DOW-UAP-D49, Launch Summary, Vandenberg AFB, 2000
Agency: Department of War
Incident date: 2/3/00
Page 52
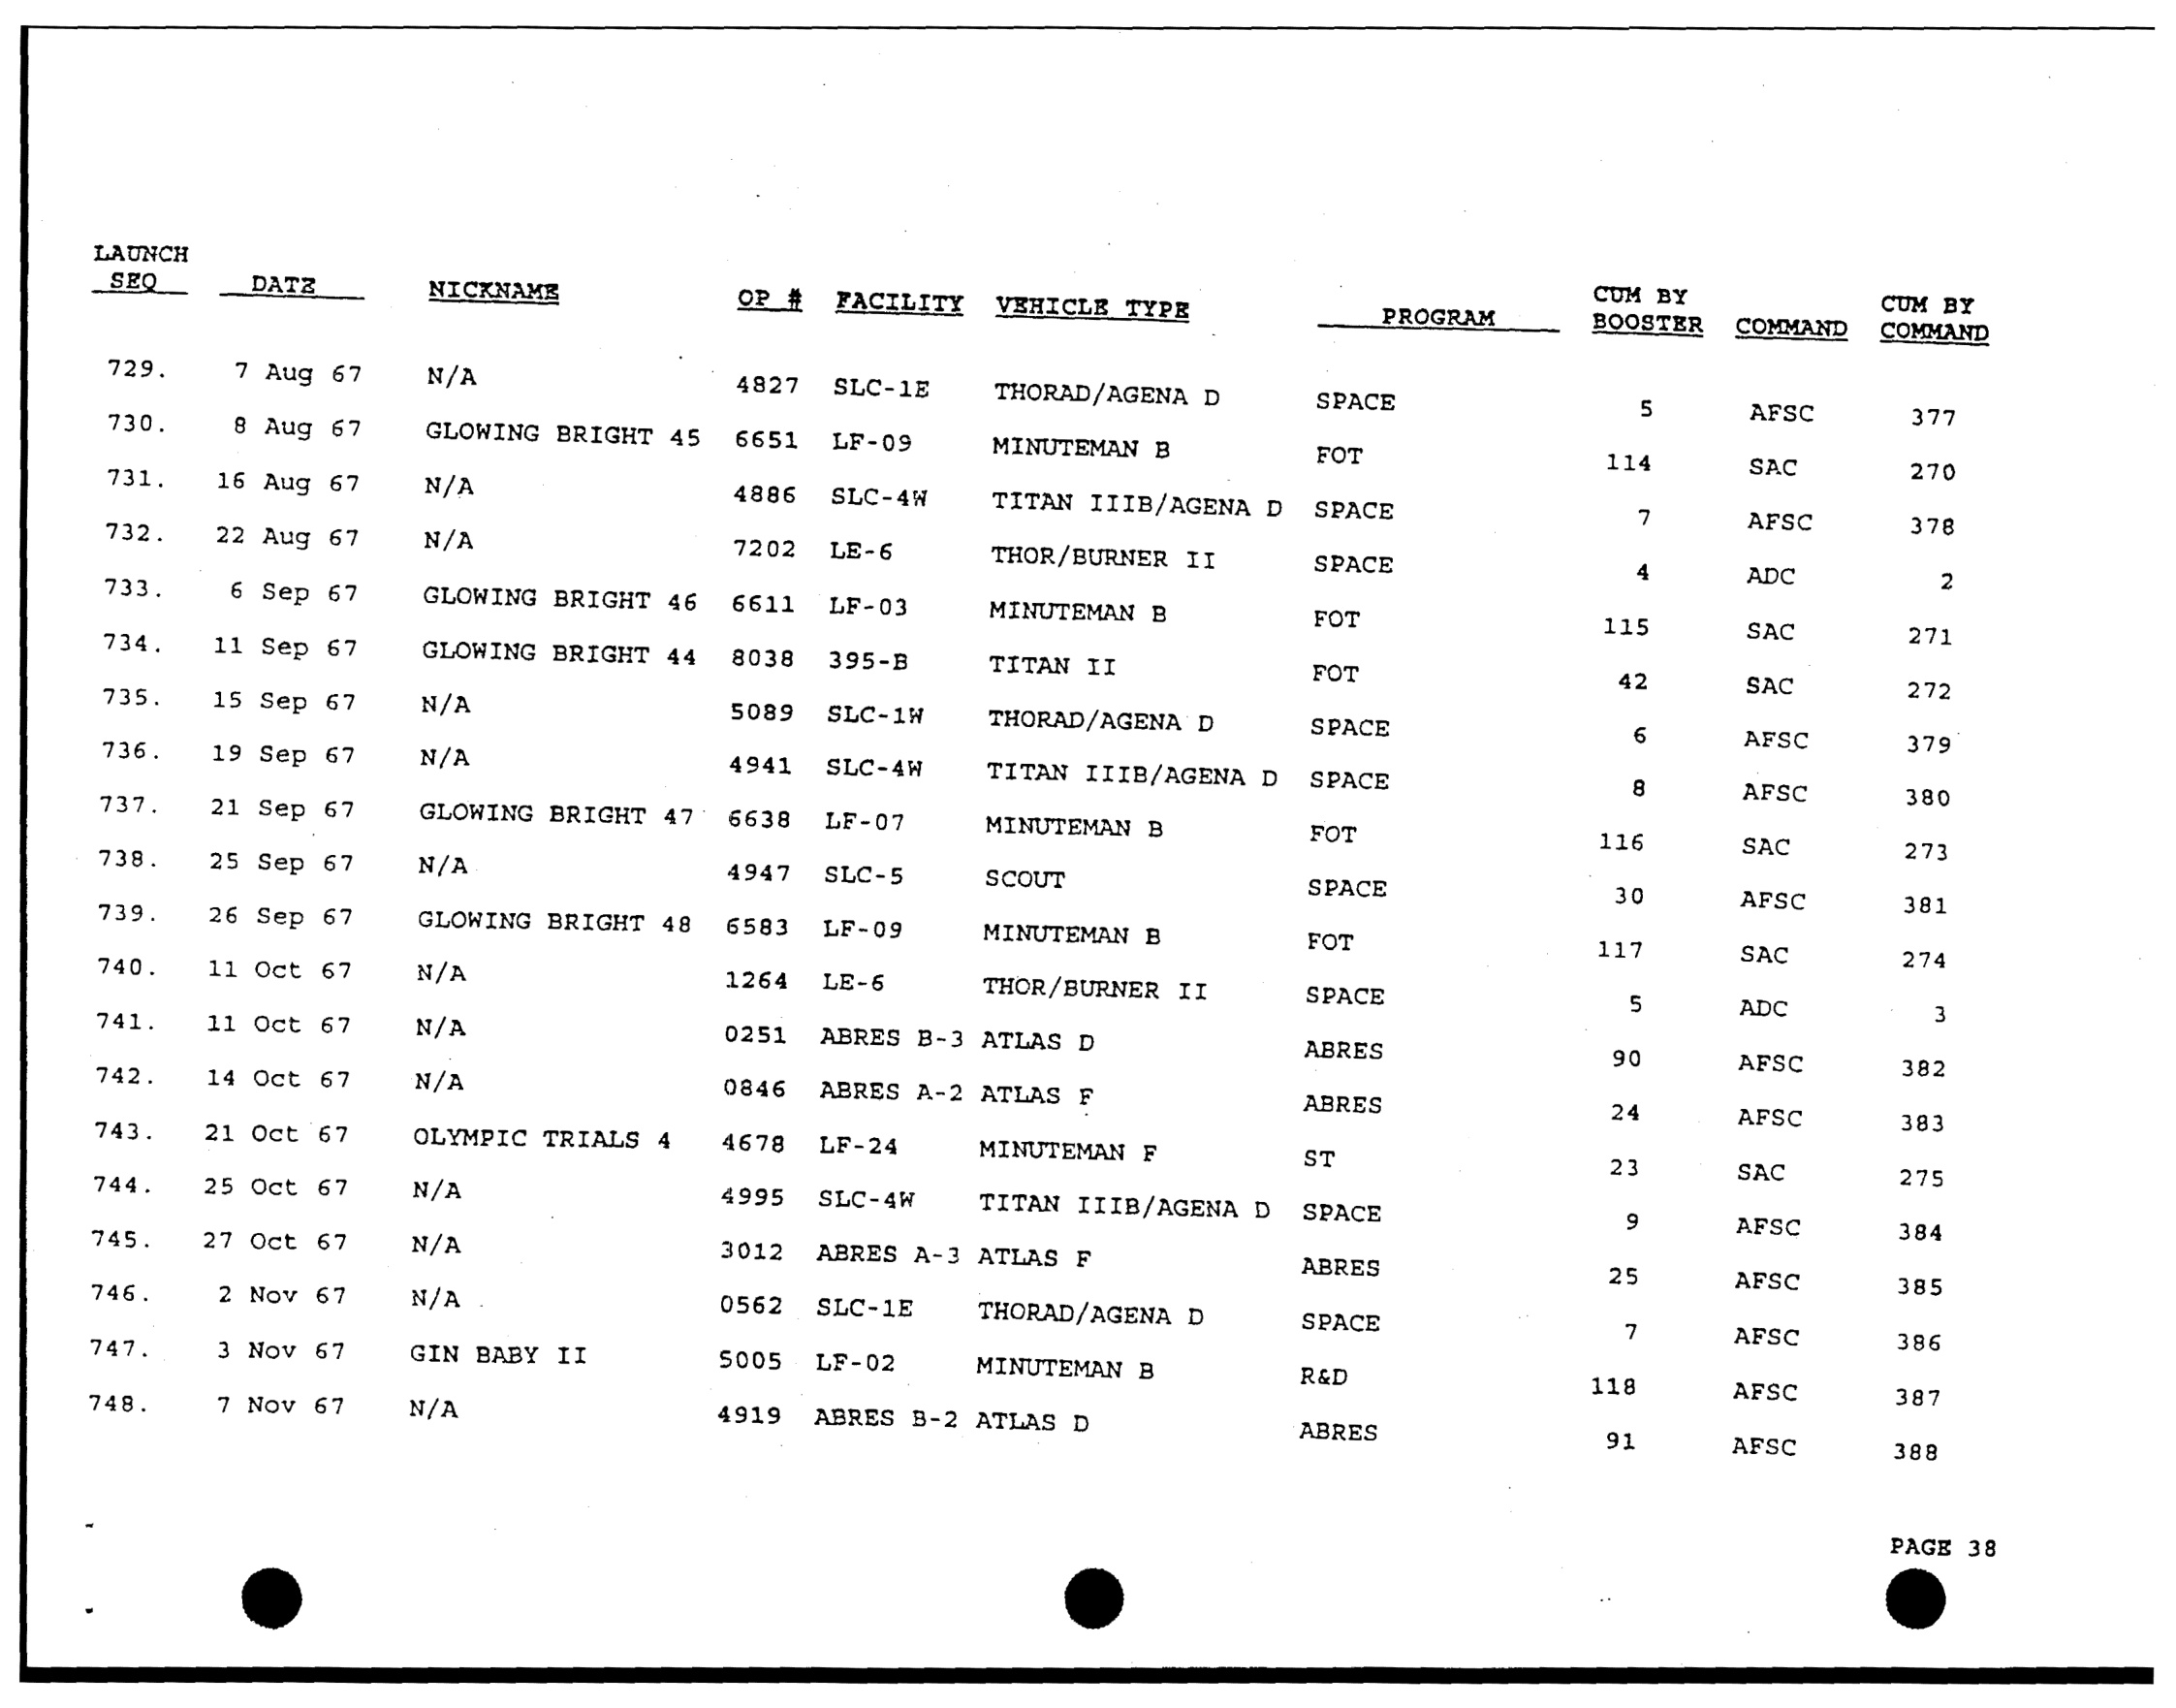